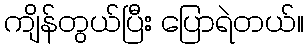
ကျိန်တွယ်ပြီး ပြောရဲတယ်။